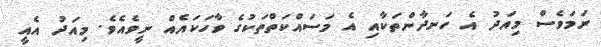
ނަމަވެސް މިއަދު އެ ހަނދާންތަކާއި އެ މަސައްކަތްތަކުގެ ވާހަކައެއް ނީވެއެވެ. މިއަދު އެއީ